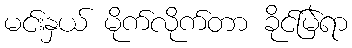
မင်းနှယ် မိုက်လိုက်တာ ခိုင်မြဲရာ